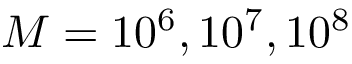
M = 1 0 ^ { 6 } , 1 0 ^ { 7 } , 1 0 ^ { 8 }